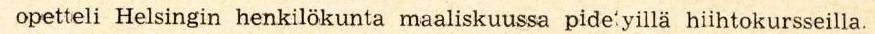
SUKSIEN KALLISTELUA SVEITSILÄISEEN TAPAAN